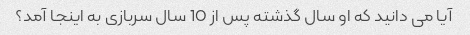
آیا می دانید که او سال گذشته پس از 10 سال سربازی به اینجا آمد؟